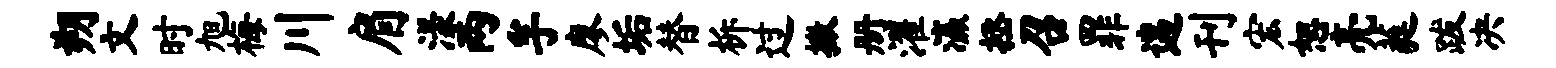
朔文时旭梅川肩漾两孚廖垢替柝过撒册濯瀛拯召罪遄刊宏恕亮蕤跋决